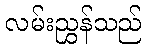
လမ်းညွှန်သည်